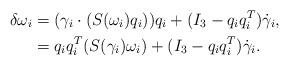
LaTeX: \begin{align*}\delta\omega_i &= (\gamma_i\cdot(S(\omega_i) q_i)) q_i + (I_3-q_iq_i^T)\dot\gamma_i,\\ &= q_iq_i^T (S(\gamma_i)\omega_i) + (I_3-q_iq_i^T)\dot\gamma_i.\end{align*}